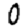
Digit: 0